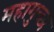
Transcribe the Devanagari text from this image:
महागुच्छ